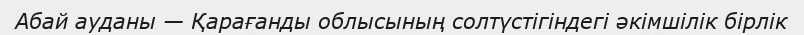
Абай ауданы — Қарағанды облысының солтүстігіндегі әкімшілік бірлік